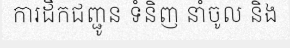
ការដឹកជញ្ជូន ទំនិញ នាំចូល និង